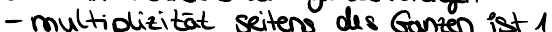
- multiplizität seitens des Ganzen ist 1